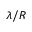
\lambda / R